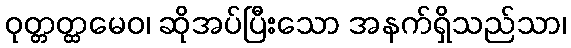
ဝုတ္တတ္ထမေဝ၊ ဆိုအပ်ပြီးသော အနက်ရှိသည်သာ၊